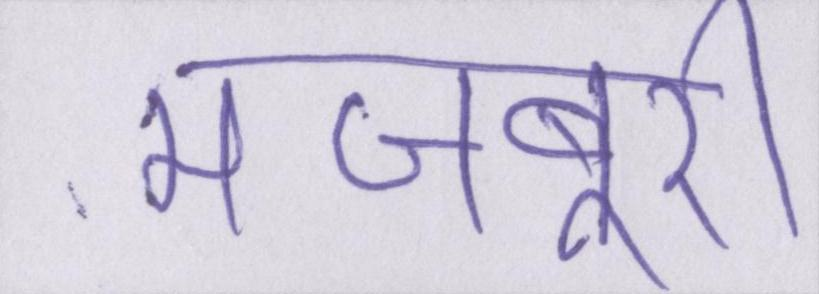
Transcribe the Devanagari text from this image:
मजबूरी